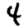
Digit: 4